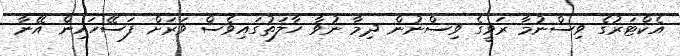
އެކްޓަރުގެ ވިސްނުމާ ރަވީގެ ވިސްނުން ދިމާ ނުވާ ހާލަތުގައިވެސް ވަރަށް ފަސޭހައިން އޭނާ